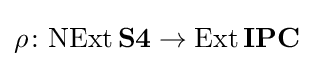
\rho \colon \mathrm {NExt} \,\mathbf {S4} \to \mathrm {Ext} \,\mathbf {IPC}